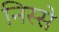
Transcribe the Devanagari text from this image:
निस्से